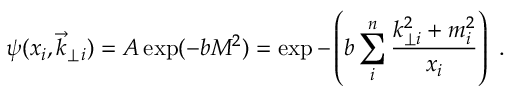
\psi ( x _ { i } , \vec { k } _ { \perp } { } _ { i } ) = A \exp ( - b { \cal M } ^ { 2 } ) = \exp - \left( b \sum _ { i } ^ { n } { \frac { k _ { \perp i } ^ { 2 } + m _ { i } ^ { 2 } } { x _ { i } } } \right) \ .